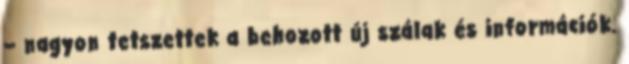
– nagyon tetszettek a behozott új szálak és információk.